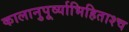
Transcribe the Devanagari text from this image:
कालानुपूर्व्याभिहिताश्च